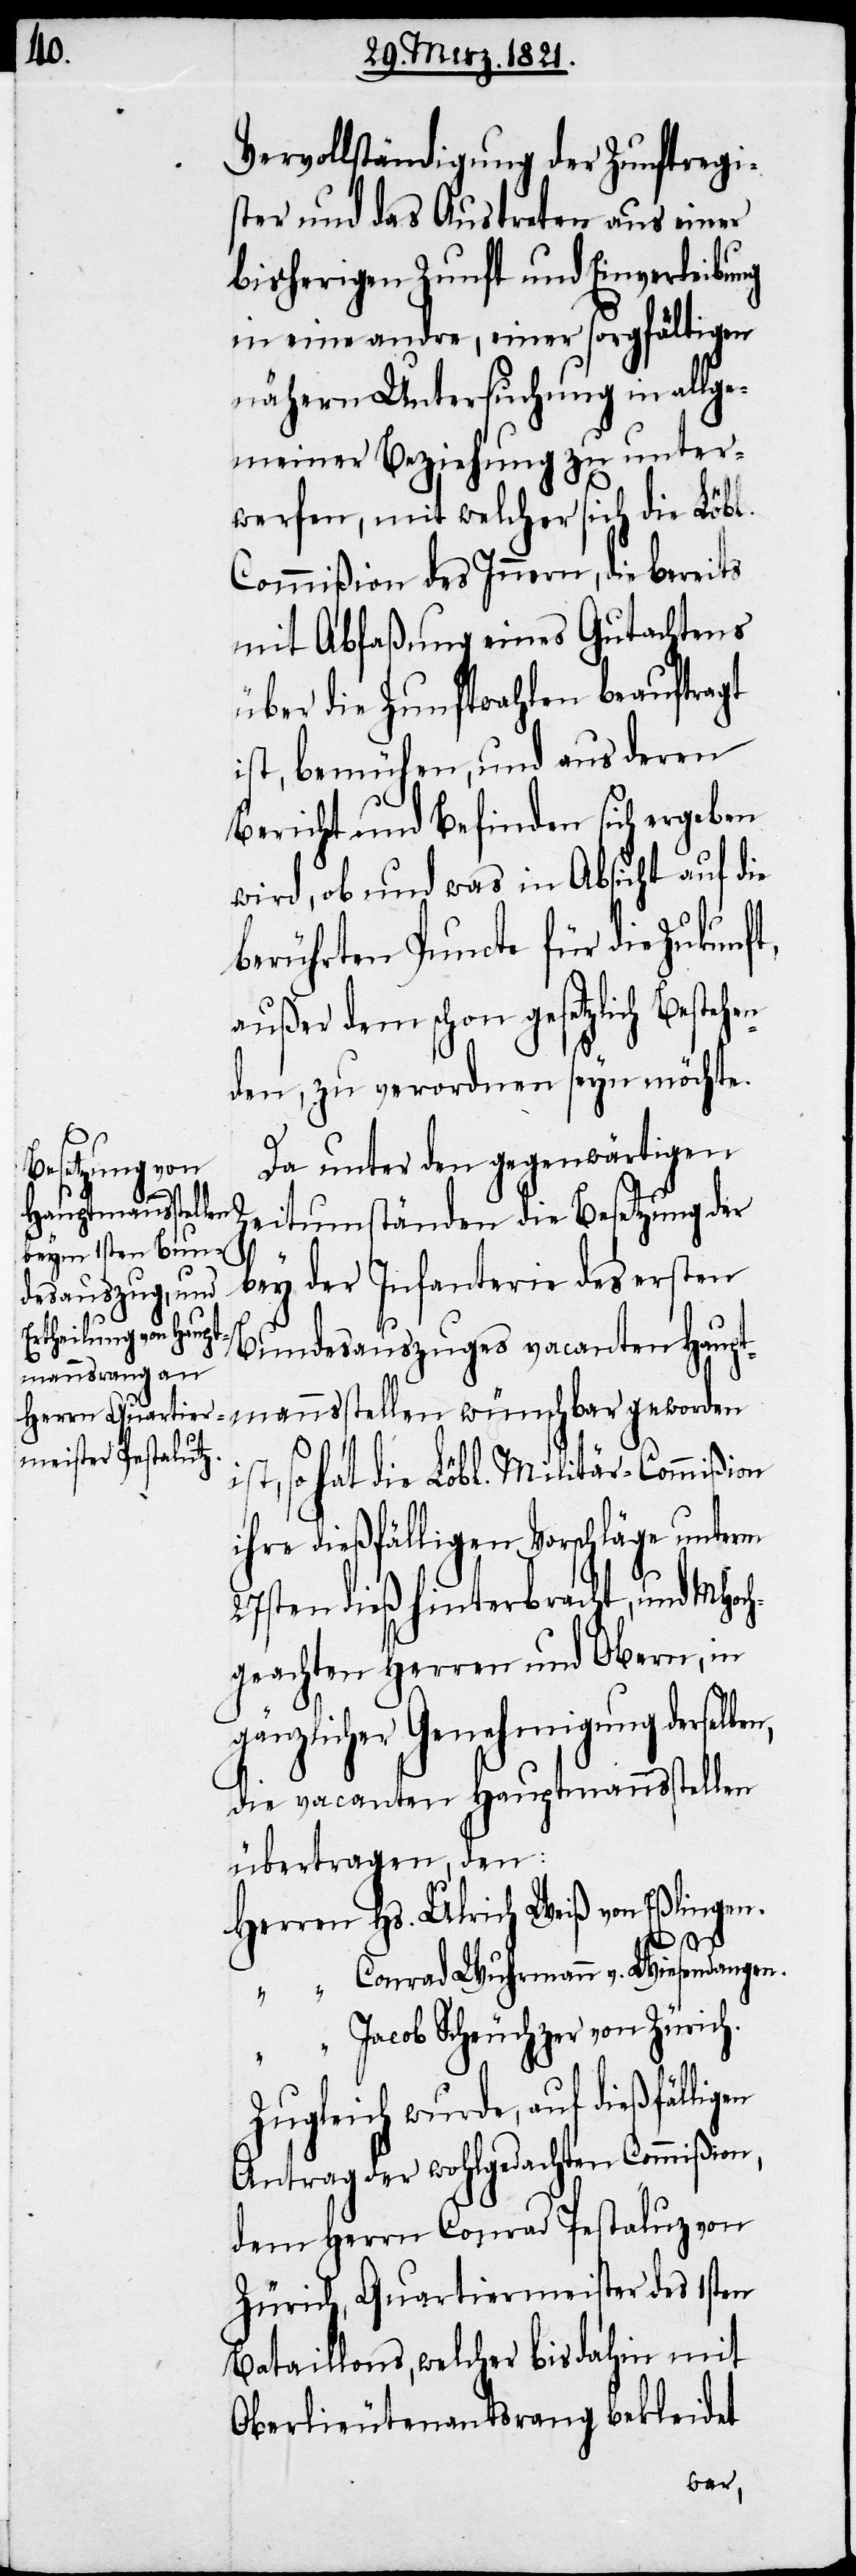
Vervollständigung der Zunftregi¬
ster und das Austreten aus einer
bisherigen Zunft und Einverleibung
in eine andre, einer sorgfältigen
nähern Untersuchung in allge¬
meiner Beziehung zu unter¬
werfen, mit welcher sich die Löbl.
Commißion des Innern, die bereits
mit Abfaßung eines Gutachtens
über die Zunftwahlen beauftragt
ist, bemühen, und aus deren
Bericht und Befinden sich ergeben
wird, ob und was in Absicht auf die
berührten Puncte für die Zukunft,
außer dem schon gesetzlich Besteh¬
den, zu verordnen seyn möchte.
Da unter den gegenwärtigen
Zeitumständen die Besetzung der
bey der Infanterie des ersten
Bundesauszuges vacanten Haupt¬
mannsstellen wünschbar geworden
ist, so hat die Löbl. Militär-Commißion
ihre dießfälligen Vorschläge unterm
27sten dieß hinterbracht, und MHoc¬
hgeachten Herren und Obern, in
gänzlicher Genehmigung derselbe¬
die vacanten Hauptmannsstellen
übertragen, den:
HHerren	Hs. Ulrich Weiß von Eßlingen.
n,
“	Conrad Wuhrmann v. Wiesendangen.
“	Jacob Scheuchzer von Zürich.
Zugleich wurde, auf dießfälligen
Antrag der wohlgedachten Commißion,
dem Herrn Conrad Pestaluz von
Zürich, Quartiermeister des 1sten
Bataillons, welcher bisdahin mit
Oberlieutenantsrang bekleidet
en¬